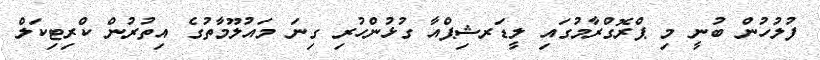
ފުލުހުން ބުނީ މި ޕްރޮގްރާމުގައި ލީޑަރޝިޕްއާ ގުޅުންހުރި ގިނަ މައުލޫމާތުގެ އިތުރުން ކްރިޓިކަލް